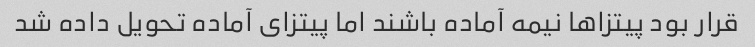
قرار بود پیتزاها نیمه آماده باشند اما پیتزای آماده تحویل داده شد